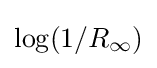
{\textstyle \log(1/R_{\infty })}